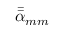
\Bar { \Bar { \alpha } } _ { m m }